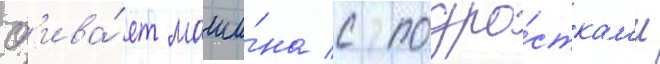
сб'ива́ет маши́на с подро́сткам'и